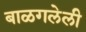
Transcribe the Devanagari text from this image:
बाळगलेली